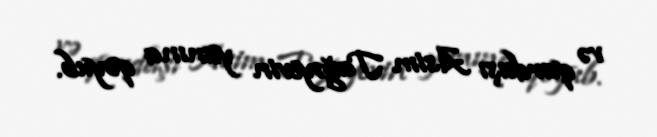
və qardaşı Asim Tağıyevin yanına qoyub.